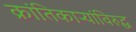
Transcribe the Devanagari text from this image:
क्रांतिकाऱ्यांविरुद्ध